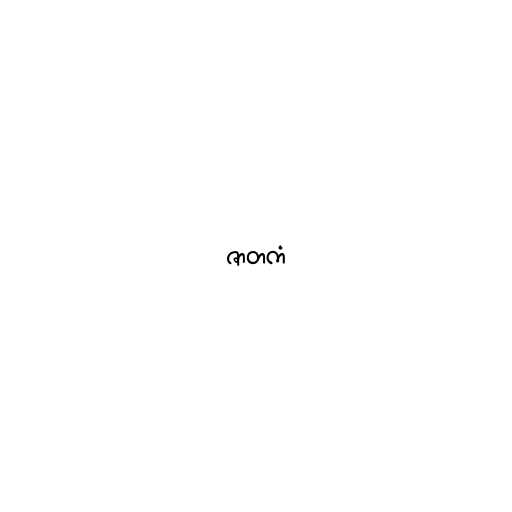
ဇာတကံ